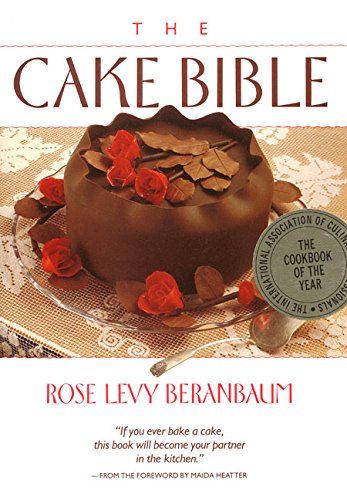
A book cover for The Cake Bible; Rose Levy Beranbaum; Cookbooks, Food & Wine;